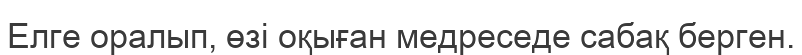
Елге оралып, өзі оқыған медреседе сабақ берген.